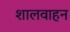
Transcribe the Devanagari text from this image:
शालवाहन